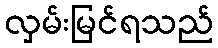
လှမ်းမြင်ရသည်